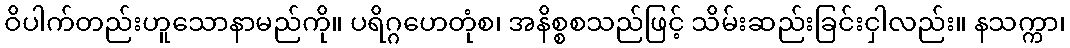
ဝိပါက်တည်းဟူသောနာမည်ကို။ ပရိဂ္ဂဟေတုံစ၊ အနိစ္စစသည်ဖြင့် သိမ်းဆည်းခြင်းငှါလည်း။ နသက္ကာ၊